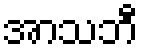
အာသဘီ